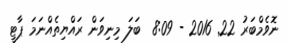
ނޮވެމްބަރު 22